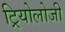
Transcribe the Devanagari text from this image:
ट्रियोलोजी